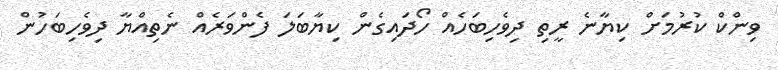
ވިންކް ކުރުމަށް ކިޔާނެ ރީތި ދިވެހިބަހެއް ހޯދައިގެން ކިޔާބަލަ ފެންވަރެއް ނެތިއްޔާ ދިވެހިބަހުން